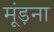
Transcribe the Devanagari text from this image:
मूंड़ना